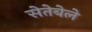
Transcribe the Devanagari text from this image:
सेतेबेले